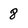
Character: 8